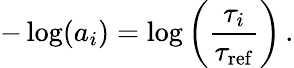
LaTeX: -\log(a_{i})=\log\left(\frac{\tau_{i}}{\tau_{\mathrm{ref}}}\right)\, .